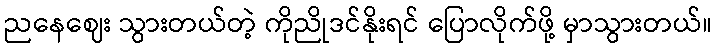
ညနေဈေး သွားတယ်တဲ့ ကိုညိုဒင်နိုးရင် ပြောလိုက်ဖို့ မှာသွားတယ်။